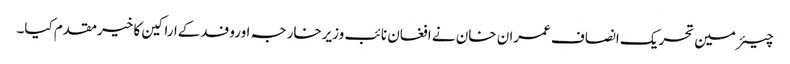
چیئرمین تحریک انصاف عمران خان نے افغان نائب وزیرخارجہ اوروفدکےاراکین کا خیرمقدم کیا۔